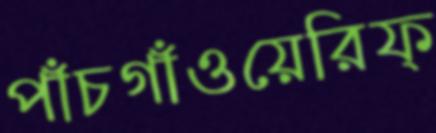
পাঁচগাঁওয়েরিফ্